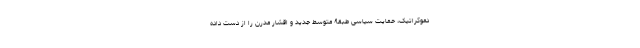
دموکراتیک، حمایت سیاسی طبقۀ متوسط جدید و اقشار مدرن را از دست داده